Indian journal of veterinary science and animal husbandry - Volumes 18-21, 1948-1951
Year: 1948
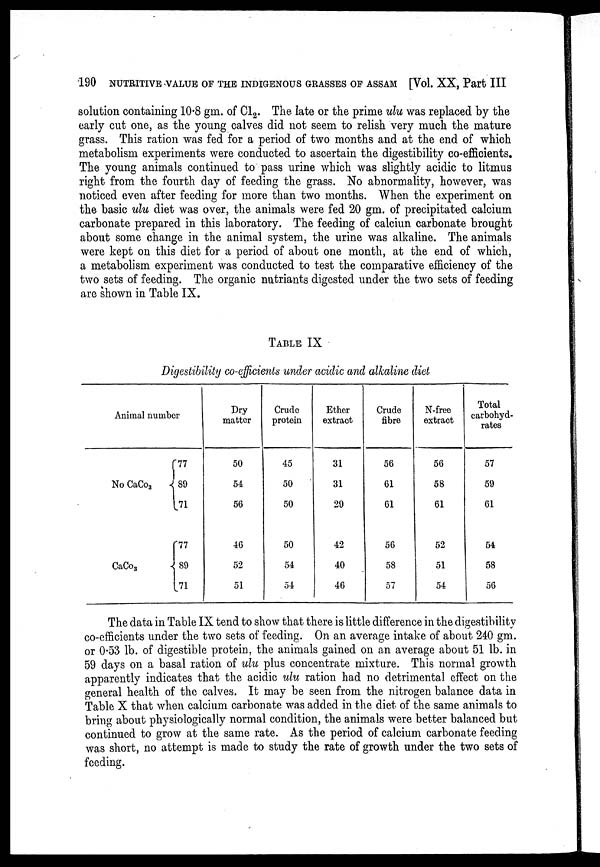
190 NUTRITIVE VALUE OF THE INDIGENOUS GRASSES OF ASSAM [Vol. XX, Part III
solution containing 10.8 gm. of Cl 2 . The late or the prime ulu was replaced by the
early cut one, as the young calves did not seem to relish very much the mature
grass. This ration was fed for a period of two months and at the end of which
metabolism experiments were conducted to ascertain the digestibility co-efficients.
The young animals continued to pass urine which was slightly acidic to litmus
right from the fourth day of feeding the grass. No abnormality, however, was
noticed even after feeding for more than two months. When the experiment on
the basic ulu diet was over, the animals were fed 20 gm. of precipitated calcium
carbonate prepared in this laboratory. The feeding of calciun carbonate brought
about some change in the animal system, the urine was alkaline. The animals
were kept on this diet for a period of about one month, at the end of which,
a metabolism experiment was conducted to test the comparative efficiency of the
two sets of feeding. The organic nutriants digested under the two sets of feeding
are shown in Table IX.
TABLE IX
Digestibility co-efficients under acidic and alkaline diet
Animal number
No CaCo 3
CaCo 3
77
89
71
77
89
71
Dry
matter
50
54
56
46
52
51
Crude
protein
45
50
50
50
54
54
Ether
extract
31
31
29
42
40
46
Crude
fibre
56
61
61
56
58
57
N-free
extract
56
58
61
52
51
54
Total
carbohyd-
rates
57
59
61
54
58
56
The data in Table IX tend to show that there is little difference in the digestibility
co-efficients under the two sets of feeding. On an average intake of about 240 gm.
or 0.53 lb. of digestible protein, the animals gained on an average about 51 lb. in
59 days on a basal ration of ulu plus concentrate mixture. This normal growth
apparently indicates that the acidic ulu ration had no detrimental effect on the
general health of the calves. It may be seen from the nitrogen balance data in
Table X that when calcium carbonate was added in the diet of the same animals to
bring about physiologically normal condition, the animals were better balanced but
continued to grow at the same rate. As the period of calcium carbonate feeding
was short, no attempt is made to study the rate of growth under the two sets of
feeding.